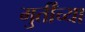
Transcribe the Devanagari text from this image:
मुर्तींच्या